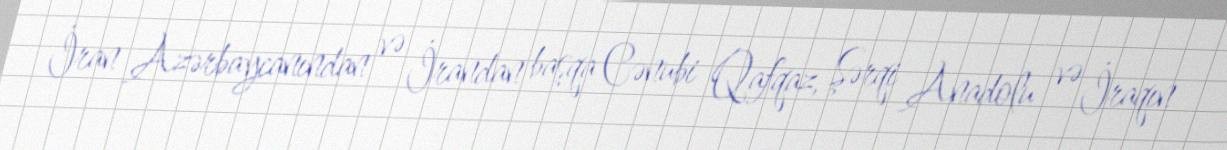
İran Azərbaycanından və İrandan başqa Cənubi Qafqaz, Şərqi Anadolu və İraqın